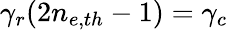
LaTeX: \gamma_{r}(2n_{e,th}-1)=\gamma_{c}